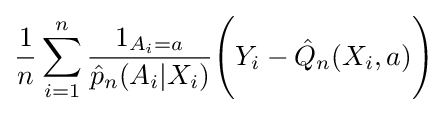
{\frac {1}{n}}\sum _{i=1}^{n}{\frac {1_{A_{i}=a}}{{\hat {p}}_{n}(A_{i}|X_{i})}}{\Biggl (}Y_{i}-{\hat {Q}}_{n}(X_{i},a){\Biggr )}